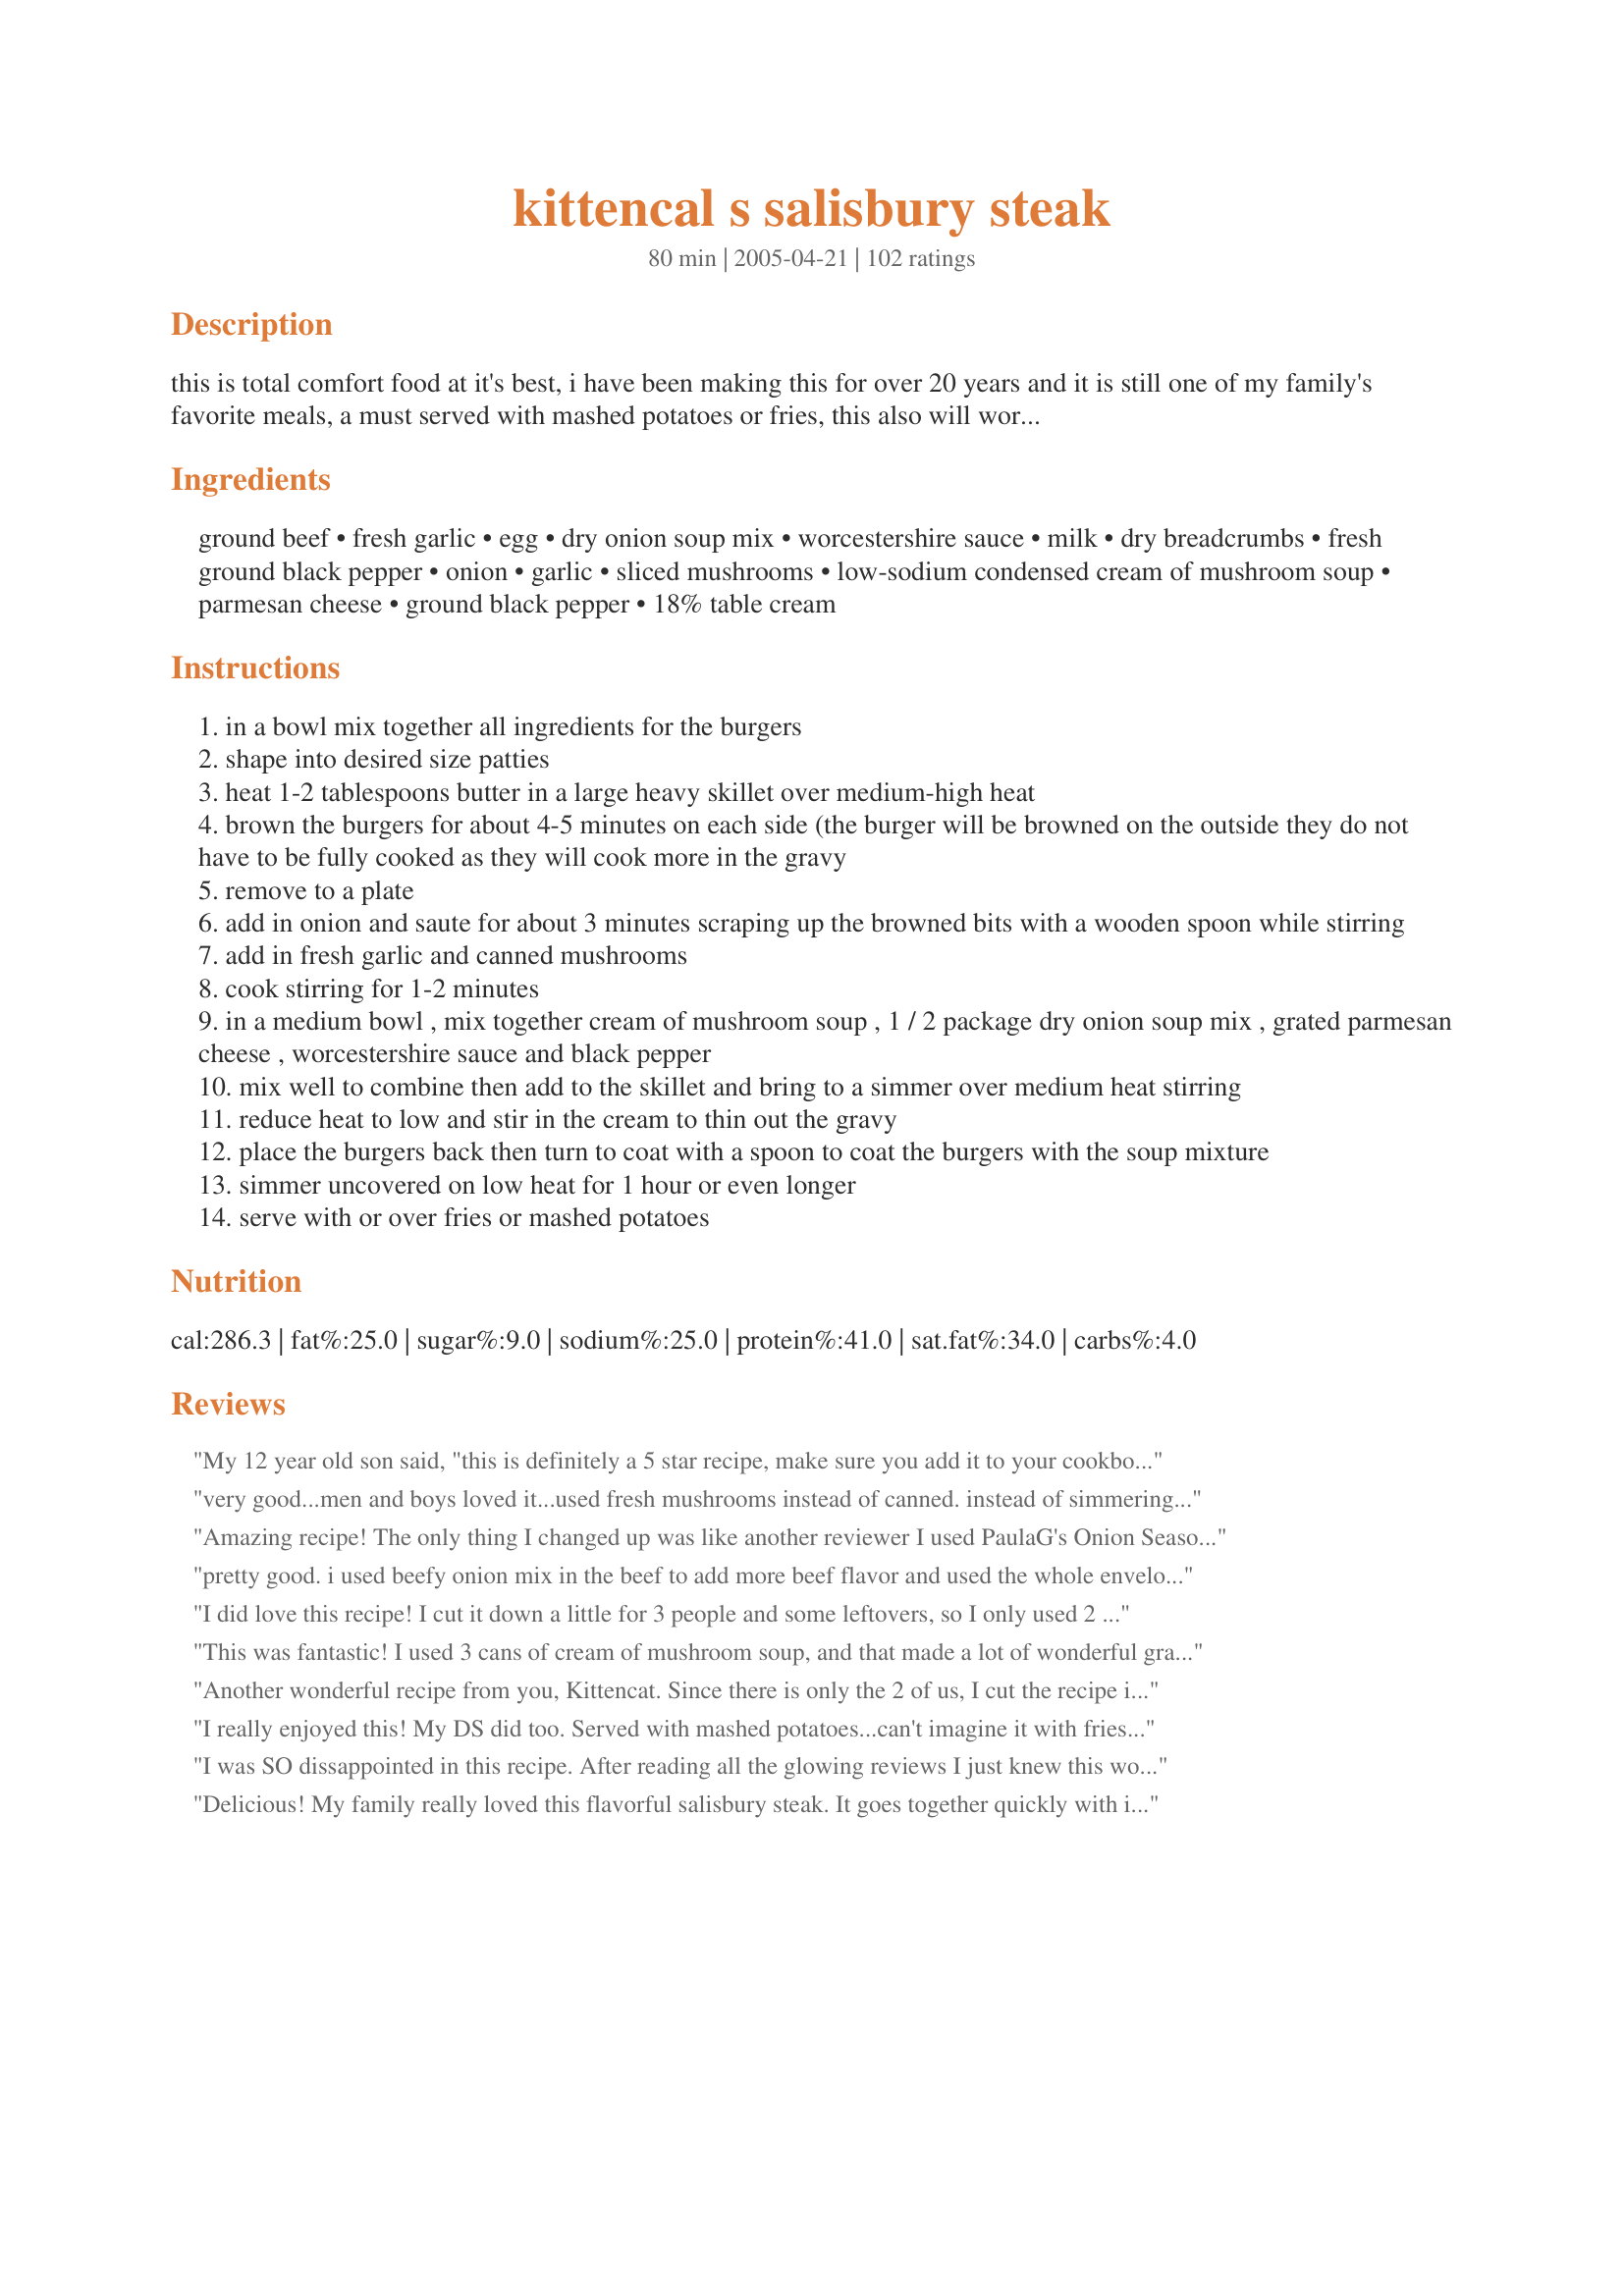
kittencal s salisbury steak
Preparation time: 80 minutes

this is total comfort food at it's best, i have been making this for over 20 years and it is still one of my family's favorite meals, a must served with mashed potatoes or fries, this also will work great using pork chops, not the fast fry chops --- this ground beef amount should give you 7-8 fair-sized burgers but will depend on how large you make them, and will also work great using thicker cut pork chops, if desired you may use your own favorite recipe to season the hamburger --- you will need a large skillet for this recipe or your electric fry pan will work great, do not add in any salt to the soup mixture or the burgers the dry onion soup mix is salty enough, i also recommend using low-sodium mushroom soup --- also see my recipe#318998

Ingredients:
ground beef, fresh garlic, egg, dry onion soup mix, worcestershire sauce, milk, dry breadcrumbs, fresh ground black pepper, onion, garlic, sliced mushrooms, low-sodium condensed cream of mushroom soup, parmesan cheese, ground black pepper, 18% table cream

Steps:
in a bowl mix together all ingredients for the burgers
shape into desired size patties
heat 1-2 tablespoons butter in a large heavy skillet over medium-high heat
brown the burgers for about 4-5 minutes on each side (the burger will be browned on the outside they do not have to be fully cooked as they will cook more in the gravy
remove to a plate
add in onion and saute for about 3 minutes scraping up the browned bits with a wooden spoon while stirring
add in fresh garlic and canned mushrooms
cook stirring for 1-2 minutes
in a medium bowl , mix together cream of mushroom soup , 1 / 2 package dry onion soup mix , grated parmesan cheese , worcestershire sauce and black pepper
mix well to combine then add to the skillet and bring to a simmer over medium heat stirring
reduce heat to low and stir in the cream to thin out the gravy
place the burgers back then turn to coat with a spoon to coat the burgers with the soup mixture
simmer uncovered on low heat for 1 hour or even longer
serve with or over fries or mashed potatoes

Reviews:
My 12 year old son said, "this is definitely a 5 star recipe, make sure you add it to your cookbook". That says a lot! When he thoroughly enjoys a dinner he only rates it 3 stars. Excellent.
very good...men and boys loved it...used fresh mushrooms instead of canned. instead of simmering on top on stove, stuck my oven-proof pan in a 200 degree oven for about an hour, stirring about every fifteen minutes or so. really great gravy goes very well with mashed potatoes. thanks for sharing the recipe!!
Amazing recipe! The only thing I changed up was like another reviewer I used PaulaG's Onion Seasoning Mix (#89857) because I did not have any onion soup mix in the house. It turned out awesome! My Hubby loooooooved it! Thanks so much for another great recipe! The gravy this made was wonderful, I did not have cream in the house so we used milk instead and it thinned it out wonderfully. I did not let the salisbury steaks simmer as long as they were supposed to(we were hungry) and they were still amazing!!!!

:) Yummy and easy!
pretty good. i used beefy onion mix in the beef to add more beef flavor and used the whole envelope. added extra worcestershire and some salt. in the gravy i used the whole envelope of liption onion BUT I sifted the mix to separate out all that extra onion. after the cream didnt thin enough i used water. we liked this a lot. but next time i think i will sift out the onions in the beef. I did drain off almost all the fat from the pan to before adding onions etc. thanks for sharing
I did love this recipe!
I cut it down a little for 3 people and some leftovers, so I only used 2 cans of soup. Oh, I forgot to buy parmesan, but it wasn't missed. Great comfort food!
This was fantastic! I used 3 cans of cream of mushroom soup, and that made a lot of wonderful gravy that I had with french fries, this is the best I have had yet, the gravy was so good! THANK YOU!
Another wonderful recipe from you, Kittencat. Since there is only the 2 of us, I cut the recipe in half but used one egg. I served it with french fries and green beans. I'll be making this again.
I really enjoyed this! My DS did too. Served with mashed potatoes...can't imagine it with fries...I like my fries crisp, not covered in gravy. The only thing I would change is to use less garlic (I can't believe I'm saying this...I love garlic!). But the garlic flavor seemed to overwhelm everything else in the recipe. As other reviewers have stated, it was a little too salty. I'll maybe just use minced onions instead of the soup mix next time too. I used fresh mushrooms...don't like the texture of canned ones. It all came together very nicely and was great with mashed potatoes. Made for Potluck tag!
I was SO dissappointed in this recipe. After reading all the glowing reviews I just knew this would be a hit but it was not. No one made any comments about at all so I know it was not WOW. I didn't even eat but a bite of it because it just didn't look appetizing to me and it had a "whangy" taste to it that I didn't like. Sorry, Kittencal
Delicious! My family really loved this flavorful salisbury steak. It goes together quickly with ingredients that I usually have on hand, and its long simmer time allows you the time to prepare the rest of the meal. We loved the addition of the garlic to the patties and gravy. I only had heavy cream, so I thinned the gravy with part 2% low fat milk and part cream. The instructions mentioned adding worcestershire sauce to the gravy, but there wasn't any listed in the gravy ingredients. I added 1TBSP and that worked out fine. Due to time constraints, I was only able to simmer the patties in the gravy for about 1/2 hour and it still was delicious. My family loved it and gave it 2-thumbs up. Thank you for sharing this wonderful recipe...it is definitely a keeper!
Very tasty, plentiful sauce - enough to pour over e.g. mashed potatoes as well. Used fresh mushrooms and re my own preference added some herbs to the mince mixture. Also thinned the sauce a litte with milk. Per Kittencal's reference to simmering - you really can leave this simmering on your lowest heat for ages without spoiling the dish. Am freezing the leftovers and looking forward to seeing how this will fare as an OAMC dish.
Kitten...... I made these using half the recipe. They are just as you stated, d e l I c I o u s !!!! I've not made a recipe of yours dh and I didn't thouroughly enjoy , thanks so much for all your postings.
Sorry Kittencal, I usually love your recipes hands-down, but we didn't like this one. I followed the recipe and added the full package of onion soup mix to the burgers and then measured out 1/2 for the sauce and used low-sodium soup, but it was still too salty and too onion-y for DH and I. I haven't had salisbury steaks since childhood, but I loved them then so I thought I would love these. I think I just don't like the taste that the onion soup mix adds to the dish.
This was great! My family knows if it has Kittencal's name on it that is bound to be good! I've never made Salisbury steak before and was surprised at how easy it was. Thanks for another great recipe!
My boys LOVED this. This was very good and very rich. A little salty though, so I think I'd use less onion soup mix next time. Thanks!
hubby is not a salisbury steak fan, but I went ahead and made this anyway...well, he liked it a lot! lol the only thing I didn't do was add the worcestershire sauce to the gravy (had just enough for the meat)....as I was eating it it reminded me of stroganoff...all I would need to do is add the sour cream..hmmm I might have to do that in the future thanks kitten!!!
I made this for my family and they loved it. We served mashed potatoes, corn and biscuits with this. What a comforting meal. I really like how the loaves held up nice an firm. The gravy that goes with this is rich and flavorful. This is a keeper, thanks for sharing with us. I love trying your recipes.
Yum, yum, yum, YUM! This was awesome. I did mine in a roaster in the oven and baked covered for the first hour at 350F and then uncovered for another half hour. The only thing I think I might change next time (and there WILL be MANY next times!!!) is to add a bit of beef bouillon powder to boost the beef flavour a bit. Served with mashed potatoes and was thoroughly enjoyed by my family and in-laws. Delicious!!!!
Loved it! Didn't use the gravy recipe as I am not a fan of cream of soup gravies. I created my own adapting this recipe and using Argo's Easy Gravy as a base instead of the cream of soup. Used Recipe#223023 for the onion soup mix. Superb!
WOW!!! This was fantastic! Another keeper from Kittencal. I did use fresh mushrooms{I don't like canned}.I used three cans of mushroom soup for that extra gravy and it was out of this world. Thanks for posting another winner.
At the risk of repeating a previous review, all I can say is "WOW, this was delicious"!! I scaled the recipe in half & substituted PaulaG's Onion Seasoning Mix (#89857) for onion soup mix.
Since I don't like tinned mushrooms, I made a minor change in the prep work. I sauteed the mandatory garlic with the onions & fresh sliced mushrooms before proceeding to step 4. I'm sure that the use of fresh mushrooms in this dish will compensate for committing the ultimate culinary sin of using canned cream soup(LOL)!
Thanx Kitten! 

Very good. It was a little salty in the end without adding any extra salt. It was a good taste though and everyone liked it. Thank you for sharing.
I do not wright reviews ,but this is a very good written recipe and its also a good recipe .The salisbury steak tasted very good my husband like it .Thank you, its a keeper.
This was really good! My non-hamburger eating son actually ate this, probably because I called it "steak". I didn't notice that the simmering time was an hour, that made our dinner a little unexpectedly late, but it was fine simmering for only 30 to 45 minutes. Thanks!
This is wonderful. I didn't have I used regular cream of mushroom soup because that is all I had. I did cut way down on the onion soup mix. This is a keeper. It is even better the next day. Thanks again for a great recipe.
Just down right awesome. The flavoring for the meat is absolutely wonderful. The combination of flavors is perfect. I did add some half-and-half to the mixture at the beginning and the consistency of the gravy was perfect. Comfort food at its finest. Served this with mashed potatoes and steamed broccoli. Thanks Kitz for another wonderful meal.
This was very good. Just a bit to salty. Thanks for the recipe.
This melts in your mouth and the gravy makes you almost want to lick the plate! I didn't have breadcrumbs, so I crushed up a hand full of crackers and it was still delicious. This is another one that I'll keep for my regular rotation.
Really tasty!
This was my first time ever making Salisbury steak and it was really good, very tender. I did use fresh mushrooms instead of canned. We all loved it and I'm sure we'll be making it again very soon! Yummm!
oh my goodness this was so good and i refuse now to eat the frozen kind! i cut it down to 1 lbs ground beef (serves 5), and the onion soup mix packages i had were smaller (1.25 oz) so it worked out perfectly. All the other adjusted measurements when you change the serving size work out well, and i just used 1 tsp garlic powder, and a whole egg. They weren't too mushy to work with or anything. I didn't make the gravy, but just made my own brown gravy to go with. so delicious, this will be a regular in my house!
Ohmygod this was sooooo good!I was glad I made extra gravy,it is so good with mashed potatoes.I also used fresh mushrooms other than that I would never change a thing.
My old roommate when I was younger used to make me a dish similar to this. I have attempted to make it many times and each time, YUCK! Either the meat is to tough or it just taste terrible. I am so glad I found this recipe! It was exactly what I was looking for. My husband loved it! The gravy is fabulous and is a gravy recipe that I will be using for more then just this dish. Thanks...another fabulous recipe
This was EXCELLENT!! The flavor was very rich, but unbelieveable!! I made the mistake of not stirring this often enough...so my gravy burned a little...fixed it with some half and half...but I will keep a better eye on the gravy next time. Served this with mash potatoes and roasted green beans!! My idea of perfect southern comfort food! Thanks Kittencal!!
Absolutely Delicious!. With 4 Big Guys in the house it was definately a Huge hit and no leftovers.
I would have rated this a 5 star, but it needs fresh mushrooms instead of canned. When I made it with fresh cremini mushrooms and mashed potatoes, my British husband was in 7th heaven.
Kittencal, thank-you for a good comfort food recipe!
Yummmmm is all the baby would say with each bite! The older "babies" were saying the same thing! Delicious! DH and DD made this last night, they ended up adding 2 more cans of COM soup since they are gravy addicts and were afraid of not having gravy for their mashed potatoes. Thanks again for ANOTHER great recipe!
Absolutely loved this I can't stress how important it is to use a good Worcestershire sauce like Lea & Perrins I discovered the difference in taste last year and there is no going back. The only thing I did differently was thin it more than it called for cranked it up to medium low and put a lid on since I needed to get it done a bit quicker and I had to have mine over rice other than potatoes since I was out but it was fantastic on the rice as well. I only used 1/2 or pkg of onion soup mix between both mixtures to cut the salt.
Yum. Here are the changes I made: used 93% lean beef; added 1 1/2 Tbsp of horseradish to beef (stole idea from another Zaar recipe); added freshly ground flax seed as well as bread crumbs; sliced a whole onion rather than chopped it; replaced 1 can of cream of mushroom soup with 1 can of French Onion soup; thinned the sauce with fat free milk; at the end, I added 2 splashes of dry sherry to the sauce; didn't use the parm. Sounds like I re-created the recipe, but not really. I try and keep things lower fat if possible and boost nutritional value - hence the fat free milk, freshly ground flax seed, and lower fat beef. I like horseradish, that's why I tried adding that. Next time, I think I'll replace the canned French Onion soup with an equal amount of my fresh beef broth - also a Kittencal recipe! - which I just finished making. I made mashed potatoes and it was a total comfort food experience. Thank you once again - Mary
Kittencal, you are the bomb, as my kids would say. The whole family ate this without any complaint. Can't wait to try another of your amazing recipes!
The gravy is delicious, and is what makes the ground beef so good. I find Lipton's onion soup mix makes most recipes much too salty, so I replaced it with a home-made dried onion soup mix (#110331). Except for that, I followed the recipe exactly. Yummmm!

I made this for dinner last night, and All I can say is every bite I took, I said, Oh My Gosh!, another bite, Oh my Gosh!
This was the best I've had. I followed this recipe to a T. Thank you for sharing your recipe.We LOVED IT!!!!. Denise
Whatever kittencal shares...just make it...I've never been disappointed!!!!
good salisbury steak. I made it just like the recipe
I made this with venison and it was so very good. Not your usual Salisbury steak! To keep the carbs down I cut back on the breadcrumbs as much as I could and have it still hold and used half and half for the milk. Excellent!
Kittencal, This is the recipe I've been searching for. It's the best salisbury steak I've ever made...and trust me I've made many. A note to others, you'll be tempted to add some liquid at the beginning, don't. In the end the gravy was the right consistency for me. If it's too thick for you adjust near the end of cooking. Thank you for another keeper.
I made this recipe a few weeks ago. My family fell in love with it. I used Lipton's Beefy Onion dry soup mix in the burgers and the gravy. I also made homemade yukon gold mashed potatoes. I will definitely make this recipe again and again.
This was delicious. I made it exactly as you put it and it was wonderful. Thanks
I made this the other night and my Husband and I both enjoyed it but thought that it was a little bit to salty. I thought that this was a great way of many a very tasty but inexpensive meal. I will make this again but will try and figure out a way to make it a little less salty
Excellent Dish!!! My husband and I LOVE this recipe. We just finished eating and I had to write my review. I added chopped fresh carrots to the meat, per my husbands suggestion beause his mom did this. The carrots were a great addition. I used milk instead of cream for the gravy. I served with mashed potatoes and steamed broccoli and cauliflower. 
 My son is out of town this weekend so he didn't get to try recipe. I can't wait to make again for him. GREAT DINNER!!!
the salisbury steak was pretty good. I added zatarains season salt and I really didn't need to. The flavor of the steak is salty enough. The flavor of the gravy was excellent. FYI do not add any other season. I didn't use the parmesan and it still was delicious! To thin the cream of mushroom I used 1/4 of water dilute. It wasn't too thick at all. I rate it a 5 because it was very flavorful, and the meat was soft. I added mashed potatoes, spinach & eggs, and garlic bread. scrumptious~
This was definitely a delicious salisbury steak. The steak was so tender and flavorful. The only thing I changed was by adding only 1 can of mushroom soup and fresh mushrooms not canned. I was only making for 2 people. I cooked it for about 1 and 1/2 hours on the stove. I had plenty of gravy for us with extra. Great taste. Thanks once again Kitten
I'm glad I ran into this recipe, as it was gooooood. I too stuck it in the oven for 50 min @ 200. Thanks again for the recipe!
This is my idea of cmfort food and it did not disapoint us at all! easy, quick and so good. I used low cal soups and milk instead of cream and didn't miss a thing.
I finally made this recipe long after I saved it (don't know why but the amount of salt in the onion soup probably scared me - which is silly cuz I've been using the Lipton onions soup meat loaf thing for years, where you put the whole thing in for 1 1/2 lbs). Well, no it's not salty at all, when you use half a package for at LEAST 1 pounds meat (which I do) and make the gravy with the rest of it, and add NO extra salt. I think it also may be a factor in whether you use regular or lean ground meat - a less amount of drained meat will absorb more - l also find it a common error to not realize how much salt is actually hidden in packaged foods that you may realize-they put in fine print. I also use a low-sodium beef stock and flour mixture often and add the can of mushrooms including the juice. Not only so simple, easy and flavourful, it tastes divine. My 13 yr old daughter has claimed this recipe as her favorite and will not be satisfied unless it is made on a regular basis - and over "smushed potatoes" - Boiled with thin skins so soft till you can mash them, but you don't, and add a bunch of salt and pepper and margarine and fresh parsely if you have it.. yum with everything
I risked it and made Turkey Salisbury Steak, instead of the traditional beef. YUMMO! Kitz's instructions for making the patties was easy to follow and I added her seasonings to the T. After cooking for 1 1/2 hours, the patties were so tender and full of flavor that we almost moaned at every bite, scooping up the wonderful gravy and mashed potatoes. I used fresh mushrooms instead of canned and sauteed them with the onions and garlic. I sent the bulk of this meal to my daughter and her family for their supper tonight and can't wait to hear their raves. I'm putting this recipe in my "favorites" folder right now.
This was wonderful, we really enjoyed it...this was so good I may make this for one of my sunday dinners for the family.....I served it over buttered egg noodles...yummm
OMG! My hubbie won't shut up about this. 5 stars all the way.
This turned out perfect and tasted so yummy! Everyone really loved this salisbury steak. Thanks KITTENCAL....
I made this last night. My husband LOVED it! Very good for people that like meat and potatoes!
very good recipe.....very tasty
Oh My this is so good! My husband has already requested having it again : ) I made as directed, however, I accidentally used 2 TBSP Worcestershire sauce in the gravy mix instead of tsp. and it was still great! I served with mashed potatoes and succotash. Thanks again, Kittencal, for another wonderful supper!
Awesome we fed the crowd with this recipe. Thanks for posting.
This was very good
I also used 89857 for the onion soup mix. Note that you have to triple this to get enough for the entire Salisbury Steak recipe. I also put a handful of fresh parsley in the burgers as a previous reviewer suggested since I had it on hand. Served over fries with green beans.

I used 1 can of beef broth and 2 cream of mushroom reduced sodium,fresh garlic, Italian breadcrumbs, no mushrooms, and no cream.

4 of us ate that night and I got several complements. It was still a little on the salty side, but not overbearing by any means. I will likely make it again, but perhaps not quite impressive enough for guests. Thanks :)
These steaks looked so good to me, but they have way too much sodium in them as is. I used the low sodium soup, but it was still too salty. Guess it was in the Onion Soup Mix too. I enjoyed it this one time, but since I have to restrict my salt I won't be able to make them again. They were good but I think the salt took away from the flavor. Sometimes too much is too much! Potzi
This has a good taste, but the gravy it what makes this dish! This is very easy to make plus you have everything on hand. I used 3 onions rather than the packets, I do not use soup packets for anything. With all the spice available to us plus fresh, why use the packets when you know that fresh is best! I also used 1 cup of beef broth and 1 cup chicken broth, yes I said chicken broth. Everything else I followed as wrote!
This recipe is a family favorite. I made a couple changes, to save time. I add the chopped onions to the meat. And instead of making a gravy, I just use a jar of beef or mushroom gravy. Yummy!
Another great recipe from Kittencal. I cut the recipe down for 2 people and doubled the sauce for some potatoes. Turned out great. I will definitly make this again. Thanks!
What a great dish! I used 2 cans of low sodium cream of mushroom soup and 1 can of golden mushroom soup. I was concerned if I used regular sodium soup with the onion soup mix, it would be too salty for us....since we aren't big salt users. They came out perfectly! And the leftovers were even BETTER! GREAT recipe!
Warning: Wear baggy pants (you are going to overeat) and be prepared to nap afterwards. Another terrific recipe, Kittencal! I doubled the recipe and prepared it as instructed, except I used a little less dry onion soup mix to keep the salt down because I was using (dry) parmesan cheese from a jar instead of the freshly grated stuff, and I knew the dry type would add a salty flavor itself. I also used heavy whipping cream, because it was on hand and I have no idea what 18% table cream is. Ha,ha! I only used 3 cans of the condensed soup, and there was plenty of gravy even with doubling the batch. Also, I transferred my nicely browned patties to a baking dish, poured half of the gravy on top, then flipped them and covered them with the remaining gravy, and tightly sealed the dish with aluminum foil, and then baked it in a pre-heated 350 degree oven for 55 minutes. This freed up my stovetop space for the mashed potatoes and green beans. (And also enabled me to be lazy and not have to keep an eye on it.) This is a (Comfort Food) that will also impress as a (Company Food). Delish! Hats off to you, Kitten!
Loved this recipe!! Made as
directed and didn't think it 
was too salty. Will be made many
more times. Thank You for another great recipe!!
Once again, I made a Kittencal recipe and once again it was a complete success! I didn't change a thing and my entire family loved it!. This has replaced my usual salisbury steak recipe from now on! Thanks again for another winner.
I'm not crazy about gravy, so I used only 1-1/2 cans of soup, which worked out just fine. My wife agreed that it was a little too salty, but I thought it was fine.
I made this recipe exactly as written, it was DELICIOUS! My DH couldn't get enough of it and even my 4 yr old ate all of his. I had to simmer for about 2 hrs because I didn't get my potatoes on to boil on time and they took longer than expected, but it was still wonderful. Served it with smashed potatoes and green beans, a very good meal!
Two of my DH's friends were visiting, so this recipe was perfect. I used 2lbs ground chuck and 1/2 lb hot sausage (removed from casing). I seasoned it very similar to you Kitten, except I added 2 eggs and some fresh parsley. I got 7 seven burgers out of the mix. I used 3 cans of mushroom soup and found it was pretty thick, so I added about 3/4 cup of half & half. I simmered the burgers in the sauce for about 1 1/2 hrs, then I added about 2 tbsp of kitchen bouquet browning sauce to darken the gravy...DH will only eat brown gravy!!!! I made mashed potatoes to accompany it. They all raved about it....there wasn't a spoonful of anything leftover. You made three men very happy!!!!!
Talk about man pleasing comfort food! This is it on a golden plate. I made it with home cut pork loin chops about an inch to an inch and a quarter thick and let them cook on 225F for 2 hours after browning. I needed to thin the gravy a few times during cooking but it came out great. Kittzen, DH ask me to send you a smooch because I can't remember the last time I made a meal like this and I think he was ready to fall to his knees in tears of happiness.
Ditto....ditto....ditto is about all that is left to say as all the other reviewers have basically said it all!! This recipe was great and so easy to make. And the gravy was scrumptious over mashed potatoes. Guaranteed, this is one salisbury steak recipe that will definitely be made again and again in our household. Thanks Kittencal.
I just finished making this recipe for dinner and it turned out great! I made my own gravy but followed the recipe for the burgers. I precooked the burgers in my George Foreman grill to help reduce the amount of grease. I thought the flavor of the burgers tasted great by itself and would not only make the Salisbury Steak again but would also use the recipe the next time I make regular burgers!
These were great and so easy to make! Thanks for sharing.
Really delicious! I have never made Salisbury steak, so was pleasantly surprised with this recipe. Made a half recipe and used leftover gravy plus only a quarter of the recipe&#039;s gravy. This was tender and delicious. Ate with mashed potatoes smothered in gravy. Used half package total of the Lipton Onion Soup Mix. Thanks for giving something else to make for supper.
My family loved this. They were fighting over it and there were no left overs at all. I did make a "cheater" way though. I used frozen hamburger patties and fried those on the stove, made the gravy in a pan, then put it in the oven while I made some mashed potatoes. It was so wonderful! Thanks for the recipe!! It's definitely a keeper!
Oh my Oh my Oh my!! Comfort food at its best! This was so easy to put together. I love simple comfort foods! Thank you Kitttencal this will become a regular (whats for dinner tonigh?) in my home. My girls loved it. I served it with mashed pototoe and green beans. Amazing dinner. :)
I made this tonight, and WOW! The whole family loved it! I used 1/2 hamburger and 1/2 ground turkey, and fresh mushrooms.
I made this as posted and while the meat was certainly very tender and we liked the dish, we didn't love it and probably wouldn't make it again. We felt the cream of mushroom soup in this dish is much too pronounced.
This has got to be THE best salisbury steak I have ever eaten and the best way to cook ground beef. DH loved it! I served it with veggies and tastes better the second time around (reheated leftovers)!!
Made this last night - it was great. I was mistaken and didn't have 3 cans of cream of mushroom soup, but I had a can of golden mushroom, and beefy mushroom, cream of mushroom, so I just mixed everything up. It was just awesome - served it with mashed potatoes, and ate the leftovers for lunch.
This was a winner at my house, even with the 12-year-old who was sure he didn&#039;t like Salisbury Steak. I scaled the patty ingredients back to use 1 pound of meat (with 1 T onion soup mix), and made a full batch of gravy. 1 pound of meat gave me 5 patties, and the amount of gravy was perfect. Served with mashed potatoes and peas with mushrooms. Thanks for sharing!
This was delicious! I didn't have an extra can of cream of mushroom so I substituted cream of chicken instead. Unbelievably, it still turned out really good!
Kittencal, you've done it again! I haven't found one posted recipe of yours that didn't sound perfect, and I have never been let down!
Just finished this meal and it was really yummy! the only thing i found wrong was my gravy was too strong. My fault i used french onion mix, was the only one i could find. Next time I will only use half . I did the patties with your suggestion and they were so nice, first time my patties never fell apart! I also forgot to add the onion with the gravy but it didn't need it i felt. I also only added two cans of soup, made plently of gravy for the four of us, had with mashed potatoe and broccoli, thanks again for another nice meal, looking forward to trying many more. Foodlover1
This is the best I have every eaten. Who every made this one needs to make more recipes for people to use.
I was searching for a good comfort food recipe and knew to check out your recipes. This Salisbury Steak is awesome! I made it last night and it was a winner! I used Certified Angus Beef Ground Beef from Round to make the patties. Since my son is picky when it comes to mashed potatoes, I served it with mini Pierogies. Thanks for posting! Will be making agian.
Too salty for me and too "crunchy" for the kids. I think this was due to the dry onion soup mix. The gravy was super thick and everything has an extra dose of pepper.
Too salty!
Well, I have to say that this recipe, in addition to tasting just great, brought back a lot of pleasant memories for me. We used to get this at school and they did a great job in that little cafeteria -- salisbury steak day was always looked forward to (second only to "footer day"!). Anyway, this one was very similar in flavor, but overall, it was even better. Following Kittencal's general recommendation, here's what I added to the burger when I mixed it before making up my patties: 1/2 a medium onion (diced), one 2 oz. packet of onion soup mix, 1/4 tsp. garlic salt, 1/2 tsp. garlic powder, 1/4 cup seasoned Italian bread crumbs, 1 tsp. salt, 1 tsp. black pepper, 1/4 c. whole milk, and 1 egg -- it was just very slightly on the salty side so next time, I'll omit the teaspoon of salt. Also, I finished the dish in the oven, 375 degrees F. (covered) for 90 minutes and it came out perfect! All the remaining ingredients were right on the money as listed. Also, the home made french fries could not possibly be a better complement to this dish -- skip the mashed potato thing and go with the fries on this one, folks (I left the peelings on too). If you want a really nice supper for your family and you're a little burned out on chicken, pork chops, etc., then this is the one you're looking for. Fantastic! Thanks for sharing, Kitz!
Delish! I made this as directed except that I substituted some sauteed fresh mushrooms for the canned ones. My grand daughter helped make the patties and the gravy and was very pleased with herself for 'making' such a crowd-pleaser, lol. Thanks Kitten for some great comfort food that made both me and my grand daughter look so good.
I'm not going to rate this because I had to alter it to fit portions for 2 (we're not big left-over eaters). We both found it to be just okay.. I probably will not make again. It's a hard recipe to 1/2 and I had to guestimate most of the ingredient amounts. This may be why we did not particularly care for it.
Wow! This was delicious!
I loved the different flavours, onion, garlic, parmesan...what a great combination.
This is a great meal to make when you don't have alot of time to watch the stove. Just let it simmer for an hour and you have a fantastic meal, and the gravy was super on French Fries.
Thanks for another winner Kitten!
This was the best Salisbury Steak I ever tasted. I made it tonight for dinner and my husband ate so much of it he had to go lay down hahaha!! I didn't change a thing, I didn't have to this recipe is a winner in my book! Will be making it again for sure. Thanks so much for posting it
Wish I could give this a 10.
This recipe was great.
Easy, tasty and very very good. Wish I could have a kittencal in my kitchen 24/7
Yummy!!! I made this a month or 2 ago and forgot to review it. It reminded me of a mixture of 2 recipes I make - 'Porcupines' (as my mother calls them) and 'Beef Burger Stroganoff'. My 3 and 5 yr old even loved these. My and hubby had leftovers for lunch the next day. Really yummy served with mashed potatoes and the gravy all over everything. As always, thanks Kitten!! :)
